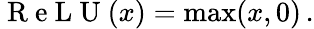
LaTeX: \mathrm{~R~e~L~U~}(x)=\operatorname*{max}(x,0)\, .